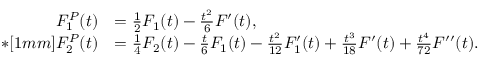
\begin{array} { r l } { F _ { 1 } ^ { P } ( t ) } & { = \frac { 1 } { 2 } F _ { 1 } ( t ) - \frac { t ^ { 2 } } { 6 } F ^ { \prime } ( t ) , } \\ { * [ 1 m m ] F _ { 2 } ^ { P } ( t ) } & { = \frac { 1 } { 4 } F _ { 2 } ( t ) - \frac { t } { 6 } F _ { 1 } ( t ) - \frac { t ^ { 2 } } { 1 2 } F _ { 1 } ^ { \prime } ( t ) + \frac { t ^ { 3 } } { 1 8 } F ^ { \prime } ( t ) + \frac { t ^ { 4 } } { 7 2 } F ^ { \prime \prime } ( t ) . } \end{array}